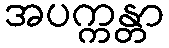
အပက္ကန္တာ